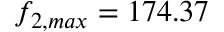
f _ { 2 , m a x } = 1 7 4 . 3 7